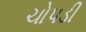
ચોપડી